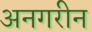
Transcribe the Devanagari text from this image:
अनगरीन